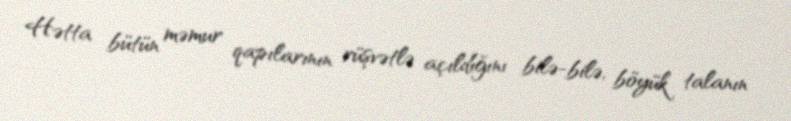
Hətta bütün məmur qapılarının rüşvətlə açıldığını bilə-bilə, böyük talanın